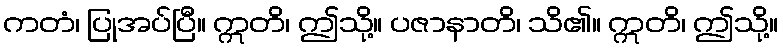
ကတံ၊ ပြုအပ်ပြီ။ ဣတိ၊ ဤသို့။ ပဇာနာတိ၊ သိ၏။ ဣတိ၊ ဤသို့။